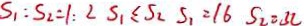
S _ { 1 } : S _ { 2 } = 1 : 2 S _ { 1 } \leq S _ { 2 } S _ { 1 } = 1 6 S _ { 2 } = 3 2